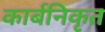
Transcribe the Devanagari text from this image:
कार्बनिकृत